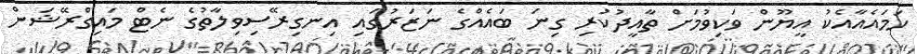
ހަމަައެއާއެކު އީޔޫން ވަކިވުމަށް ތާއީދުކުރި ގިނަ ބައެއްގެ ނަޒަރުގައި އިނގިރޭސިވިލާތުގެ ނެޓް މައިގްރޭޝަން